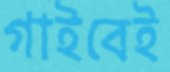
গাইবেই